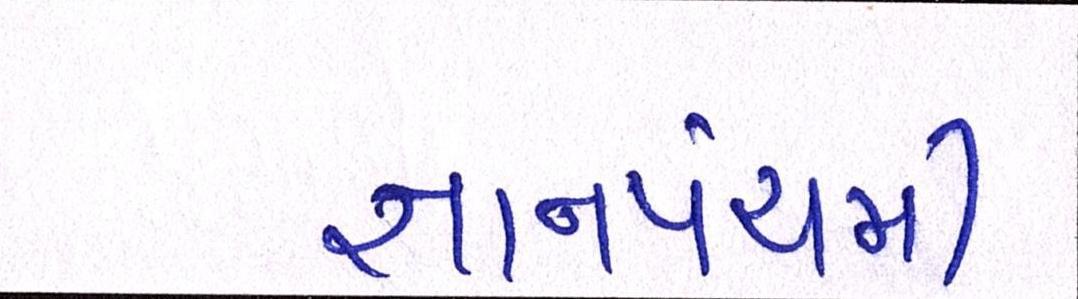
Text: જ્ઞાનપંચમી